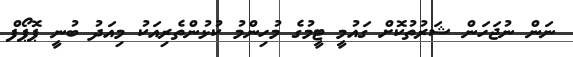
ނަން ނުޖަހަން ޝަރުތުކޮށް ގައުމީ ޓީމުގެ މުހިންމު ކުޅުންތެރިއަކު މިއަދު ބުނީ ޕޮޕޯފް